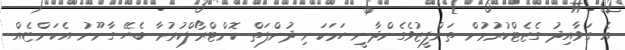
އެ ގަވާއިދު ގެޒެޓްކުރުމުން ތަންފީޒުވެގެންދާނީ ހަމަކަނި ދުންފަތް ކޮންޓްރޯލްކުރުމާ ބެހޭ ގާނޫނު އެކަންޏެއް